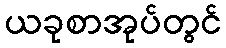
ယခုစာအုပ်တွင်